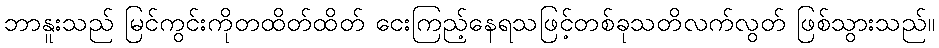
ဘာနူးသည် မြင်ကွင်းကိုတထိတ်ထိတ် ငေးကြည့်နေရသဖြင့်တစ်ခုသတိလက်လွတ် ဖြစ်သွားသည်။